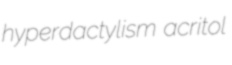
hyperdactylism acritol